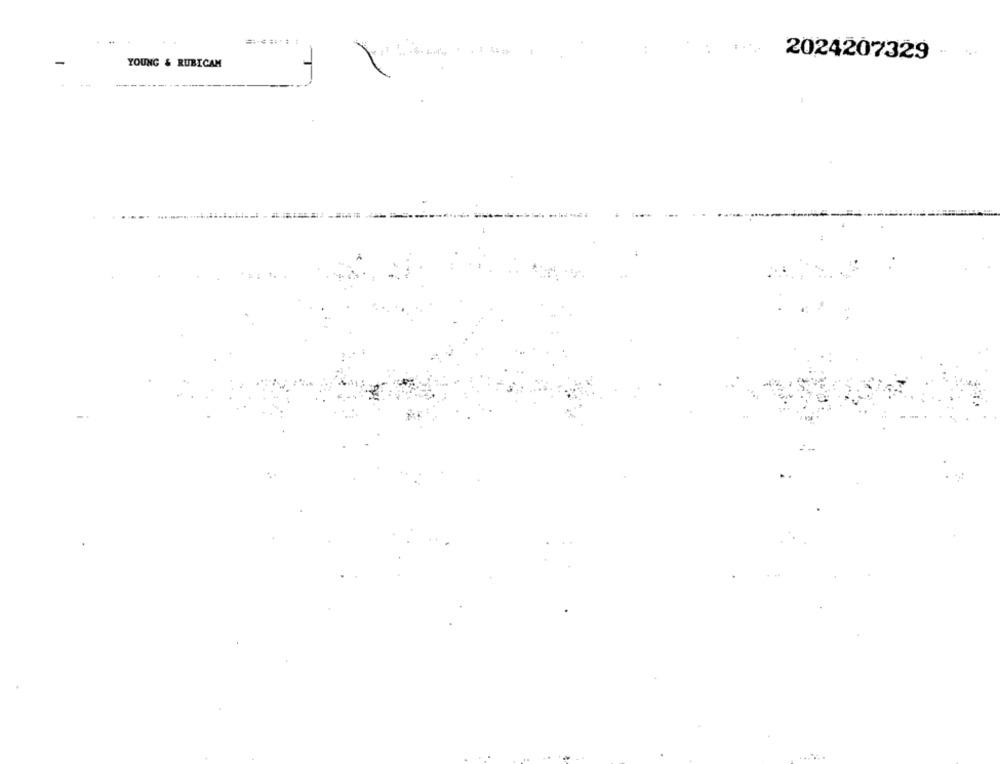
:
2024207329
YOUNG & RUBICAM
--